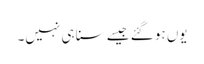
یوں ہو گئے جیسے سنا ہی نہیں۔